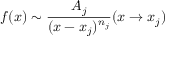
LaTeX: f ( x ) \sim { \frac { A _ { j } } { ( x - x _ { j } ) ^ { n _ { j } } } } ( x \rightarrow x _ { j } )